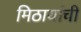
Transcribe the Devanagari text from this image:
मिठायांची